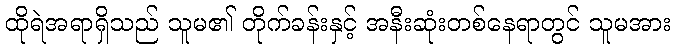
ထိုရဲအရာရှိသည် သူမ၏ တိုက်ခန်းနှင့် အနီးဆုံးတစ်နေရာတွင် သူမအား